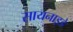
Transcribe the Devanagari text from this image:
सायनाइडे